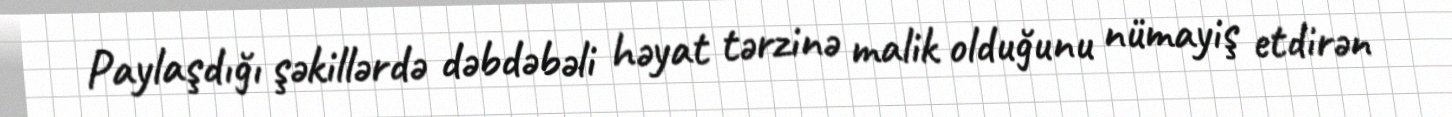
Paylaşdığı şəkillərdə dəbdəbəli həyat tərzinə malik olduğunu nümayiş etdirən